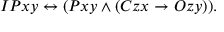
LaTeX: I P x y \leftrightarrow ( P x y \land ( C z x \rightarrow O z y ) ) .